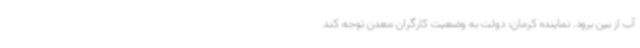
آب از بین برود. نماینده کرمان: دولت به وضعیت کارگران معدن توجه کند